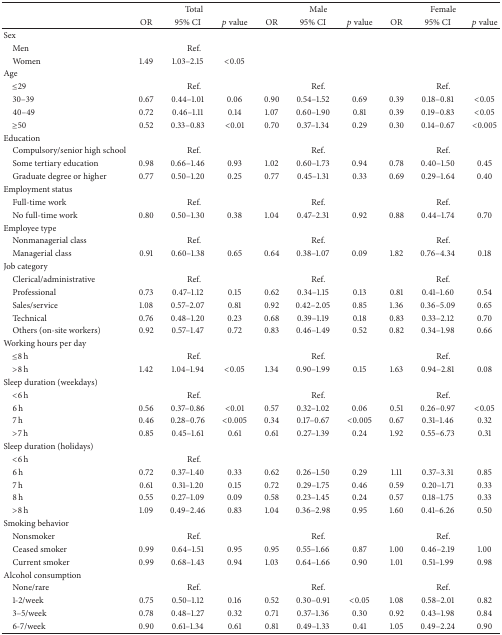
<table><thead><tr><td><b> </b></td><td colspan="3"><b>Total</b></td><td colspan="3"><b>Male</b></td><td colspan="3"><b>Female</b></td></tr><tr><td><b> </b></td><td><b>OR</b></td><td><b>95% CI</b></td><td><b><i>p</i> value</b></td><td><b>OR</b></td><td><b>95% CI</b></td><td><b><i>p</i> value</b></td><td><b>OR</b></td><td><b>95% CI</b></td><td><b><i>p</i> value</b></td></tr></thead><tbody><tr><td>Sex</td><td> </td><td> </td><td> </td><td> </td><td> </td><td> </td><td> </td><td> </td><td> </td></tr><tr><td> Men</td><td colspan="3">Ref.</td><td> </td><td> </td><td> </td><td> </td><td> </td><td> </td></tr><tr><td> Women</td><td>1.49</td><td>1.03–2.15</td><td>&lt;0.05</td><td> </td><td> </td><td> </td><td> </td><td> </td><td> </td></tr><tr><td>Age</td><td> </td><td> </td><td> </td><td> </td><td> </td><td> </td><td> </td><td> </td><td> </td></tr><tr><td> ≤29</td><td colspan="3">Ref.</td><td colspan="3">Ref.</td><td colspan="3">Ref.</td></tr><tr><td> 30–39</td><td>0.67</td><td>0.44–1.01</td><td>0.06</td><td>0.90</td><td>0.54–1.52</td><td>0.69</td><td>0.39</td><td>0.18–0.81</td><td>&lt;0.05</td></tr><tr><td> 40–49</td><td>0.72</td><td>0.46–1.11</td><td>0.14</td><td>1.07</td><td>0.60–1.90</td><td>0.81</td><td>0.39</td><td>0.19–0.83</td><td>&lt;0.05</td></tr><tr><td> ≥50</td><td>0.52</td><td>0.33–0.83</td><td>&lt;0.01</td><td>0.70</td><td>0.37–1.34</td><td>0.29</td><td>0.30</td><td>0.14–0.67</td><td>&lt;0.005</td></tr><tr><td>Education</td><td> </td><td> </td><td> </td><td> </td><td> </td><td> </td><td> </td><td> </td><td> </td></tr><tr><td> Compulsory/senior high school</td><td colspan="3">Ref.</td><td colspan="3">Ref.</td><td colspan="3">Ref.</td></tr><tr><td> Some tertiary education</td><td>0.98</td><td>0.66–1.46</td><td>0.93</td><td>1.02</td><td>0.60–1.73</td><td>0.94</td><td>0.78</td><td>0.40–1.50</td><td>0.45</td></tr><tr><td> Graduate degree or higher</td><td>0.77</td><td>0.50–1.20</td><td>0.25</td><td>0.77</td><td>0.45–1.31</td><td>0.33</td><td>0.69</td><td>0.29–1.64</td><td>0.40</td></tr><tr><td>Employment status</td><td> </td><td> </td><td> </td><td> </td><td> </td><td> </td><td> </td><td> </td><td> </td></tr><tr><td> Full-time work</td><td colspan="3">Ref.</td><td colspan="3">Ref.</td><td colspan="3">Ref.</td></tr><tr><td> No full-time work</td><td>0.80</td><td>0.50–1.30</td><td>0.38</td><td>1.04</td><td>0.47–2.31</td><td>0.92</td><td>0.88</td><td>0.44–1.74</td><td>0.70</td></tr><tr><td>Employee type</td><td> </td><td> </td><td> </td><td> </td><td> </td><td> </td><td> </td><td> </td><td> </td></tr><tr><td> Nonmanagerial class</td><td colspan="3">Ref.</td><td colspan="3">Ref.</td><td colspan="3">Ref.</td></tr><tr><td> Managerial class</td><td>0.91</td><td>0.60–1.38</td><td>0.65</td><td>0.64</td><td>0.38–1.07</td><td>0.09</td><td>1.82</td><td>0.76–4.34</td><td>0.18</td></tr><tr><td>Job category</td><td> </td><td> </td><td> </td><td> </td><td> </td><td> </td><td> </td><td> </td><td> </td></tr><tr><td> Clerical/administrative</td><td colspan="3">Ref.</td><td colspan="3">Ref.</td><td colspan="3">Ref.</td></tr><tr><td> Professional</td><td>0.73</td><td>0.47–1.12</td><td>0.15</td><td>0.62</td><td>0.34–1.15</td><td>0.13</td><td>0.81</td><td>0.41–1.60</td><td>0.54</td></tr><tr><td> Sales/service</td><td>1.08</td><td>0.57–2.07</td><td>0.81</td><td>0.92</td><td>0.42–2.05</td><td>0.85</td><td>1.36</td><td>0.36–5.09</td><td>0.65</td></tr><tr><td> Technical</td><td>0.76</td><td>0.48–1.20</td><td>0.23</td><td>0.68</td><td>0.39–1.19</td><td>0.18</td><td>0.83</td><td>0.33–2.12</td><td>0.70</td></tr><tr><td> Others (on-site workers)</td><td>0.92</td><td>0.57–1.47</td><td>0.72</td><td>0.83</td><td>0.46–1.49</td><td>0.52</td><td>0.82</td><td>0.34–1.98</td><td>0.66</td></tr><tr><td>Working hours per day</td><td> </td><td> </td><td> </td><td> </td><td> </td><td> </td><td> </td><td> </td><td> </td></tr><tr><td> ≤8 h</td><td colspan="3">Ref.</td><td colspan="3">Ref.</td><td colspan="3">Ref.</td></tr><tr><td> &gt;8 h</td><td>1.42</td><td>1.04–1.94</td><td>&lt;0.05</td><td>1.34</td><td>0.90–1.99</td><td>0.15</td><td>1.63</td><td>0.94–2.81</td><td>0.08</td></tr><tr><td>Sleep duration (weekdays)</td><td> </td><td> </td><td> </td><td> </td><td> </td><td> </td><td> </td><td> </td><td> </td></tr><tr><td> &lt;6 h</td><td colspan="3">Ref.</td><td colspan="3">Ref.</td><td colspan="3">Ref.</td></tr><tr><td> 6 h</td><td>0.56</td><td>0.37–0.86</td><td>&lt;0.01</td><td>0.57</td><td>0.32–1.02</td><td>0.06</td><td>0.51</td><td>0.26–0.97</td><td>&lt;0.05</td></tr><tr><td> 7 h</td><td>0.46</td><td>0.28–0.76</td><td>&lt;0.005</td><td>0.34</td><td>0.17–0.67</td><td>&lt;0.005</td><td>0.67</td><td>0.31–1.46</td><td>0.32</td></tr><tr><td> &gt;7 h</td><td>0.85</td><td>0.45–1.61</td><td>0.61</td><td>0.61</td><td>0.27–1.39</td><td>0.24</td><td>1.92</td><td>0.55–6.73</td><td>0.31</td></tr><tr><td>Sleep duration (holidays)</td><td> </td><td> </td><td> </td><td> </td><td> </td><td> </td><td> </td><td> </td><td> </td></tr><tr><td> &lt;6 h</td><td colspan="3">Ref.</td><td> </td><td> </td><td> </td><td> </td><td> </td><td> </td></tr><tr><td> 6 h</td><td>0.72</td><td>0.37–1.40</td><td>0.33</td><td>0.62</td><td>0.26–1.50</td><td>0.29</td><td>1.11</td><td>0.37–3.31</td><td>0.85</td></tr><tr><td> 7 h</td><td>0.61</td><td>0.31–1.20</td><td>0.15</td><td>0.72</td><td>0.29–1.75</td><td>0.46</td><td>0.59</td><td>0.20–1.71</td><td>0.33</td></tr><tr><td> 8 h</td><td>0.55</td><td>0.27–1.09</td><td>0.09</td><td>0.58</td><td>0.23–1.45</td><td>0.24</td><td>0.57</td><td>0.18–1.75</td><td>0.33</td></tr><tr><td> &gt;8 h</td><td>1.09</td><td>0.49–2.46</td><td>0.83</td><td>1.04</td><td>0.36–2.98</td><td>0.95</td><td>1.60</td><td>0.41–6.26</td><td>0.50</td></tr><tr><td>Smoking behavior</td><td> </td><td> </td><td> </td><td> </td><td> </td><td> </td><td> </td><td> </td><td> </td></tr><tr><td> Nonsmoker</td><td colspan="3">Ref.</td><td colspan="3">Ref.</td><td colspan="3">Ref.</td></tr><tr><td> Ceased smoker</td><td>0.99</td><td>0.64–1.51</td><td>0.95</td><td>0.95</td><td>0.55–1.66</td><td>0.87</td><td>1.00</td><td>0.46–2.19</td><td>1.00</td></tr><tr><td> Current smoker</td><td>0.99</td><td>0.68–1.43</td><td>0.94</td><td>1.03</td><td>0.64–1.66</td><td>0.90</td><td>1.01</td><td>0.51–1.99</td><td>0.98</td></tr><tr><td>Alcohol consumption</td><td> </td><td> </td><td> </td><td> </td><td> </td><td> </td><td> </td><td> </td><td> </td></tr><tr><td> None/rare</td><td colspan="3">Ref.</td><td colspan="3">Ref.</td><td colspan="3">Ref.</td></tr><tr><td> 1-2/week</td><td>0.75</td><td>0.50–1.12</td><td>0.16</td><td>0.52</td><td>0.30–0.91</td><td>&lt;0.05</td><td>1.08</td><td>0.58–2.01</td><td>0.82</td></tr><tr><td> 3–5/week</td><td>0.78</td><td>0.48–1.27</td><td>0.32</td><td>0.71</td><td>0.37–1.36</td><td>0.30</td><td>0.92</td><td>0.43–1.98</td><td>0.84</td></tr><tr><td> 6-7/week</td><td>0.90</td><td>0.61–1.34</td><td>0.61</td><td>0.81</td><td>0.49–1.33</td><td>0.41</td><td>1.05</td><td>0.49–2.24</td><td>0.90</td></tr></tbody></table>